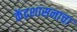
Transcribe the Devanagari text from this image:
केंद्रशासनाचा